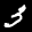
Label: 3